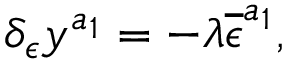
\delta _ { \epsilon } y ^ { a _ { 1 } } = - \lambda \overline { { { \epsilon } } } ^ { a _ { 1 } } ,